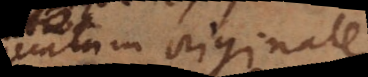
peccatum originale